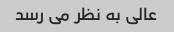
عالی به نظر می رسد